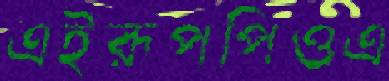
এইরূপপিওএ